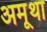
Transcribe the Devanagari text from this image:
अमूथा